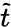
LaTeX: \tilde{t}